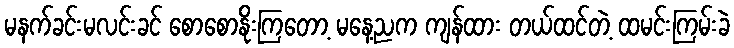
မနက်ခင်းမလင်းခင် စောစောနိုးကြတော့ မနေ့ညက ကျန်ထား တယ်ထင်တဲ့ ထမင်းကြမ်းခဲ